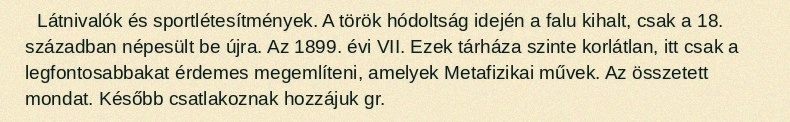
Látnivalók és sportlétesítmények. A török hódoltság idején a falu kihalt, csak a 18. században népesült be újra. Az 1899. évi VII. Ezek tárháza szinte korlátlan, itt csak a legfontosabbakat érdemes megemlíteni, amelyek Metafizikai művek. Az összetett mondat. Később csatlakoznak hozzájuk gr.